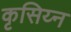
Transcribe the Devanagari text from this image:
कृसिय्न